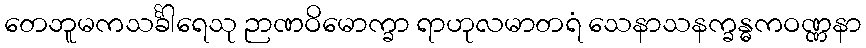
တေဘူမကသင်္ခါရေသု ဉာဏဝိမောက္ခာ ရာဟုလမာတရံ သေနာသနက္ခန္ဓကဝဏ္ဏနာ